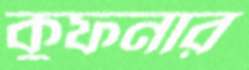
কুফনার